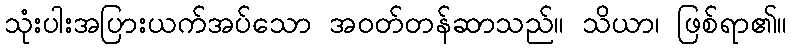
သုံးပါးအပြားယက်အပ်သော အဝတ်တန်ဆာသည်။ သိယာ၊ ဖြစ်ရာ၏။